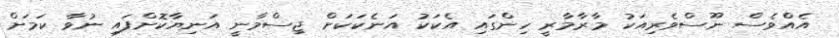
އެއްވެސް ނޫސްވެރިއަކު މާރާމާރީ ހިންގައި އެކަކު އަނެކަކަށް ޖިސްމާނީ އަނިޔާކޮށްފައި ނުވާ ކަމަށް